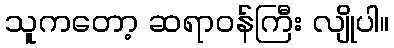
သူကတော့ ဆရာဝန်ကြီး လျိုပါ။